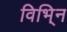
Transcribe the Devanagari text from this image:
विभि्न